system: You are a helpful assistant.
user:
Analyze the provided spectrum to determine if it is a **Carbon Star (C-type)**.

- **Key Visual Indicators of Carbon Star:**
    - **(Primary):** Strong molecular absorption from **C₂ (diatomic carbon) "Swan Bands."** This is the **defining feature** of a carbon star.
        - **(Key Bandheads):** Sharp absorption edges are visible at approximately $5635$ Å, $5165$ Å (the strongest band), and $4737$ Å.
        - **(Line Profile):** Creates a distinct **"saw-tooth"** pattern. The key morphology is a sharp, steep bandhead on the **red (long-wavelength) side**, which then gradually tapers off (i.e., flux recovers) towards the **blue (short-wavelength) side**. *(This is the direct opposite of the TiO bands seen in M-type stars)*.

    - **(Secondary):** Intense **CN (cyanogen)** molecular absorption bands.
        - **(Key Bandheads):** Located in the blue and violet regions of the spectrum (e.g., near $4215$ Å and $3883$ Å).
        - **(Morphology):** These bands are extremely broad and act as a "blanket," absorbing the vast majority of blue and violet light. This creates a characteristic **"cliff"** or **"steep drop-off"** in the spectrum's flux at short wavelengths.

    - **(Key Confirmation):** Strong **CH absorption band (G-band)**.
        - **(Key Bandhead):** Located around $4300$ Å. The contribution from CH molecules to this band is exceptionally strong.

    - **(Overall Spectrum):**
        - The continuum is severely "chopped up" by these deep molecular bands, especially C₂, rather than appearing as a smooth curve.
        - Due to the heavy CN and C₂ absorption in the blue-green, the vast majority of the star's flux is concentrated in the red part of the spectrum, giving the star its characteristic deep red color.

Think first, call **spectral_visualization_tool** if needed to examine features in detail, then provide your final answer. Your response must adhere to the following strict rules:
1.  **Overall Structure:** Your response must follow the format `<think>...</think> <tool_call>...</tool_call> (if a tool is used) <answer>...</answer>`.
2.  **Tool Usage Constraint:** You may only make **one** tool call per turn.
3.  **Final Answer Format:** In the `<answer>` tag, your conclusion must be inside a `\boxed{}` command (e.g., `\boxed{YES}`), followed by your justification.

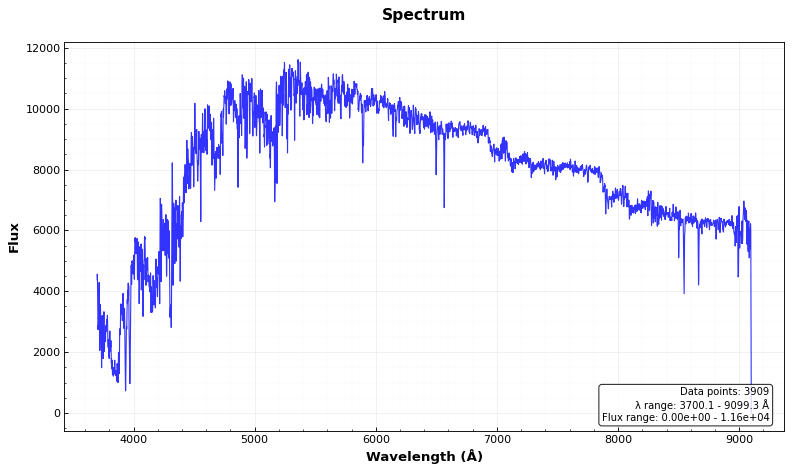
Answer: YES